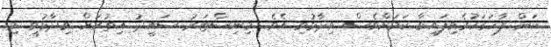
ކަން ފާހަގަކުރެވިފައިވާ ކަމަށްވެސް ވިދާޅުވި އެވެ. މިނިސްޓަރު ސައީދު އިތުރަށް ވިދާޅުވީ މި